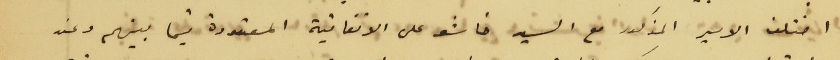
اختلف الامير المذكور مع السيد خاشو على الاتفاقية المعقودة فيما بينهم وعند